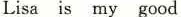
Lisa is my good